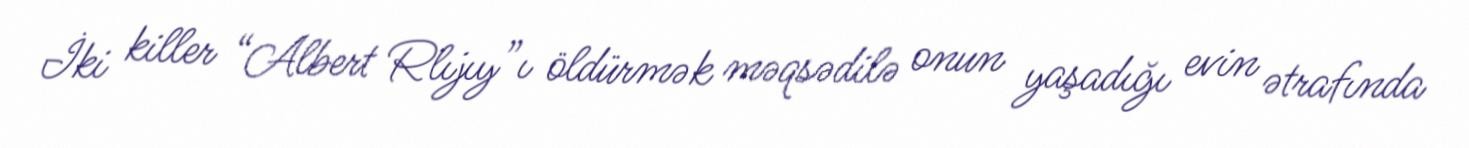
İki killer “Albert Rlıjıy”ı öldürmək məqsədilə onun yaşadığı evin ətrafında